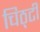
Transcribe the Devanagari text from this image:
चिठ्टी